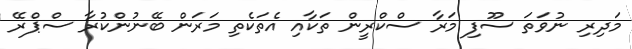
މަދިރި ނުވަތަ ސޫފި މަރާ ސްކްރީން ތަކާއި އެތަކެތި މަރަން ބޭނުންކުރާ ސްޕްރޭ